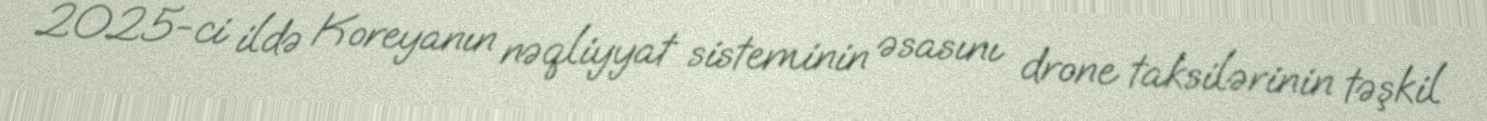
2025-ci ildə Koreyanın nəqliyyat sisteminin əsasını drone taksilərinin təşkil